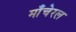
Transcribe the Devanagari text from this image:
माँचेरल